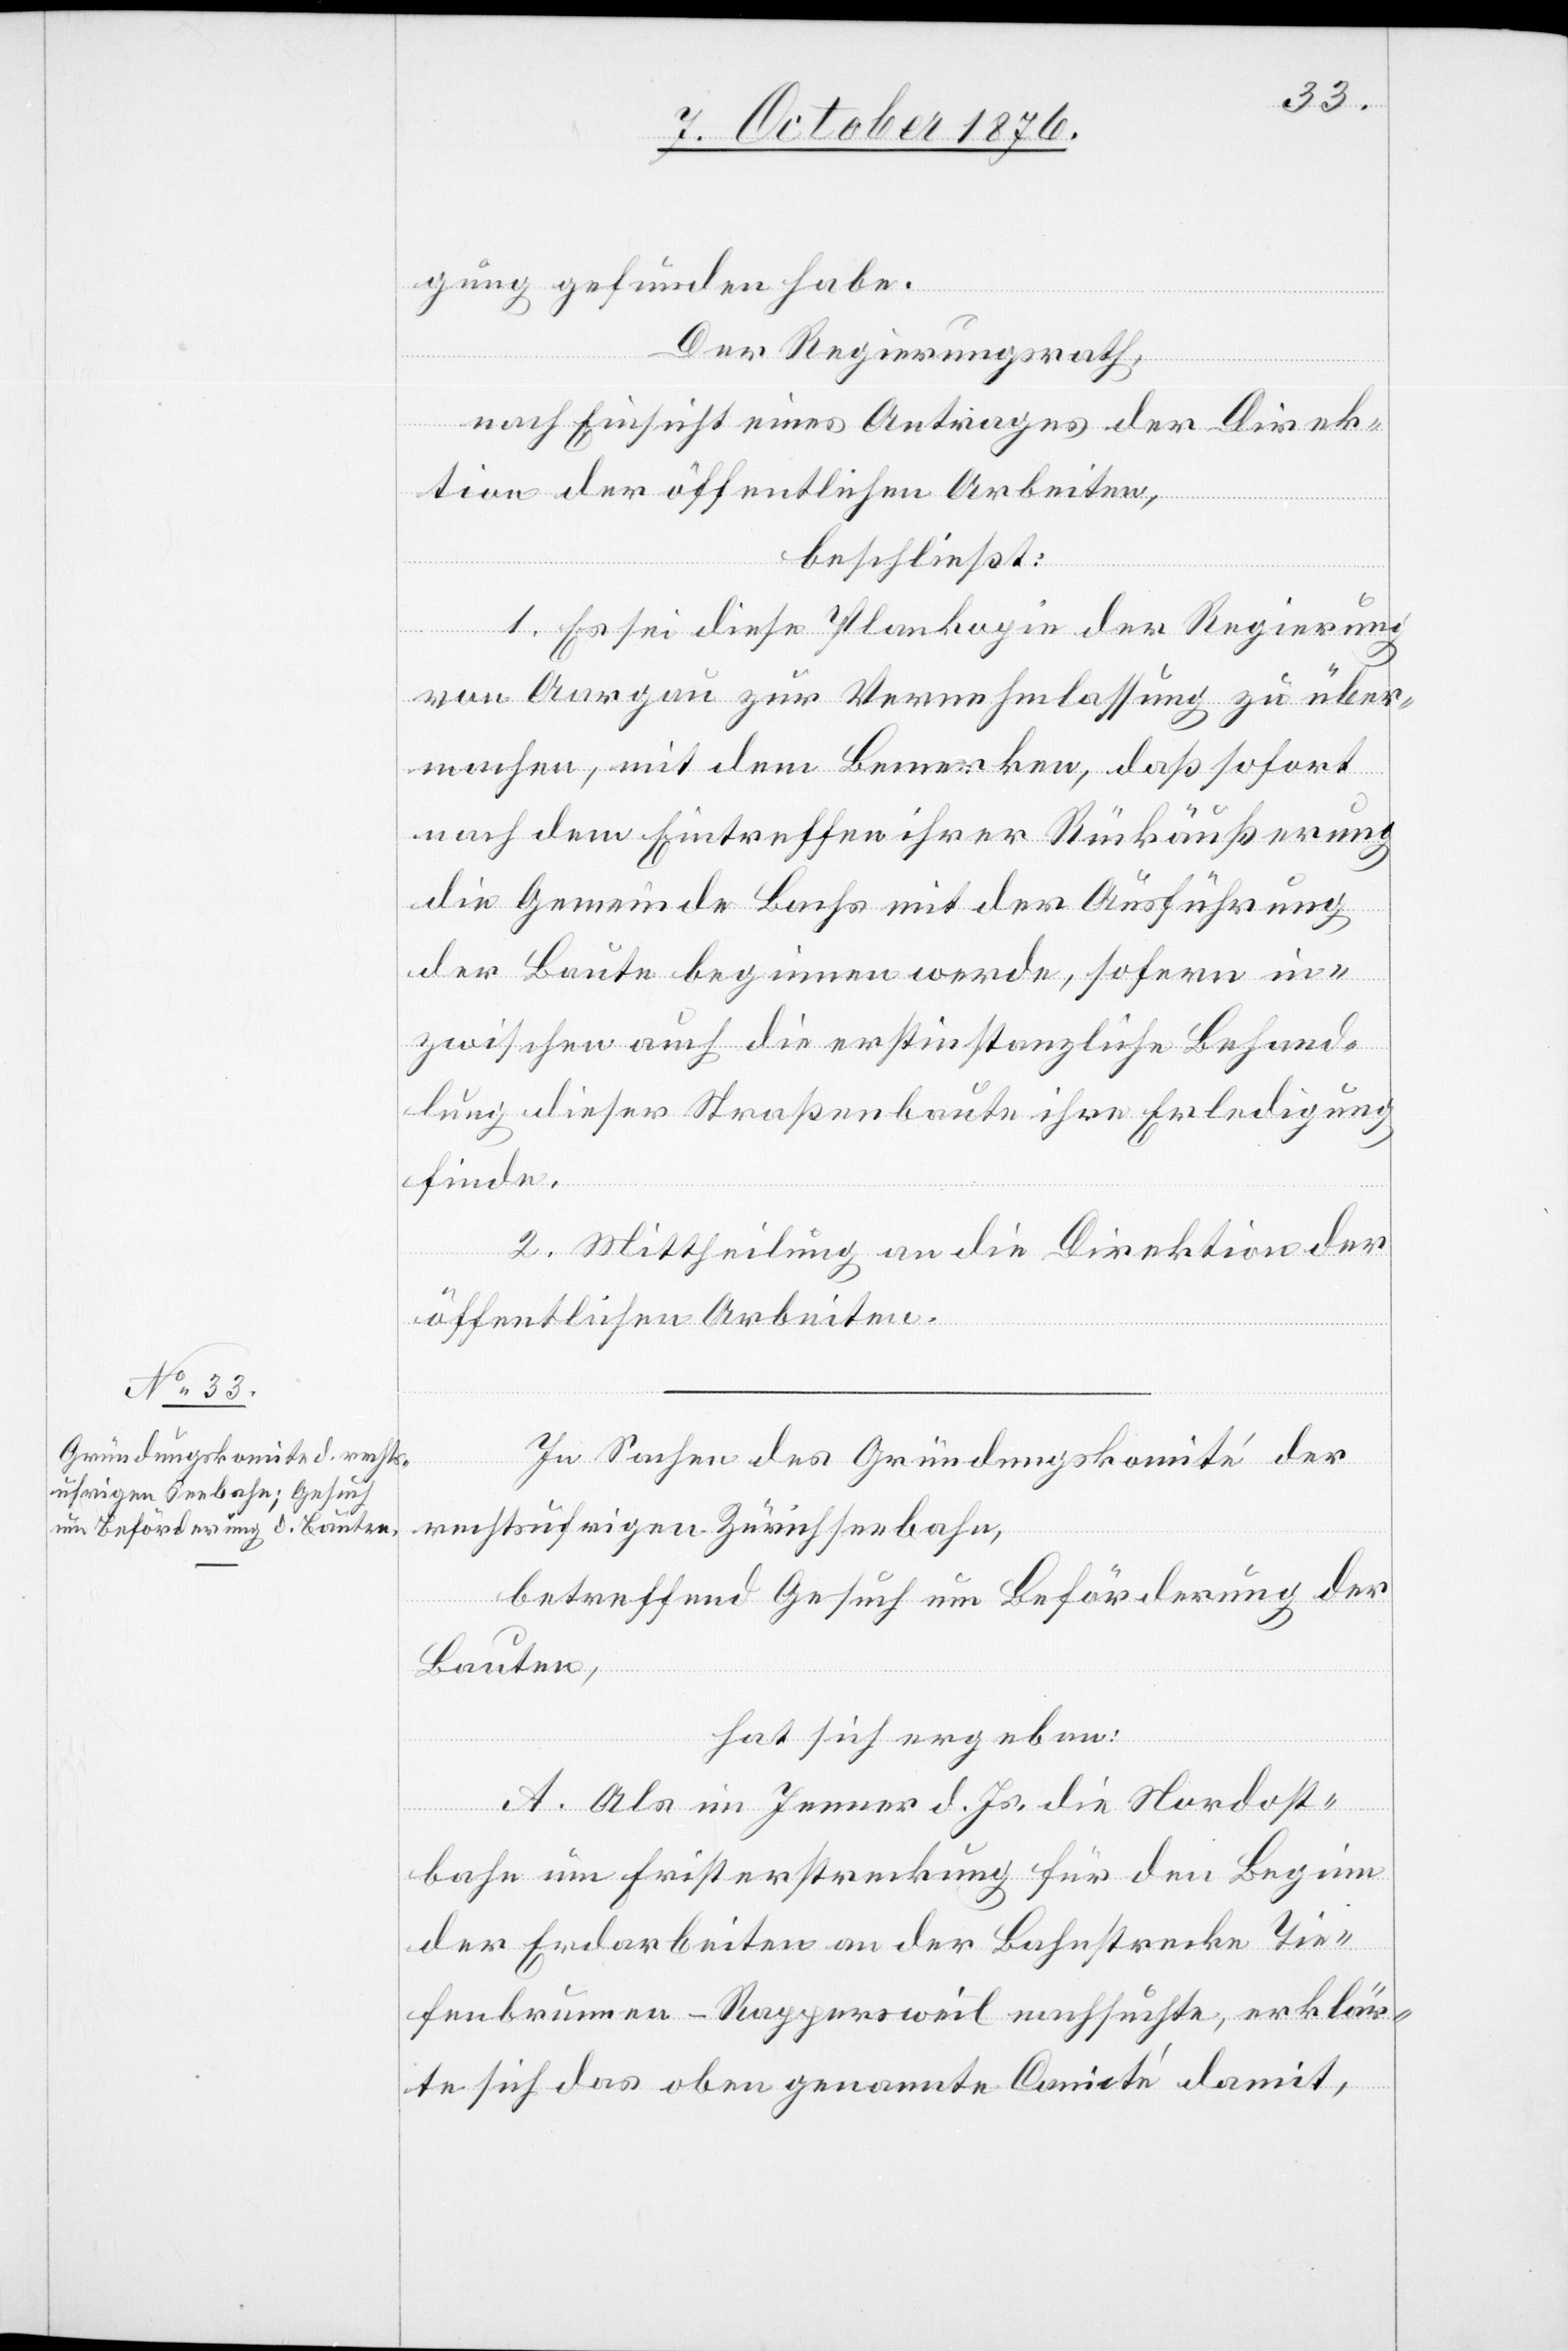
gung gefunden habe.
Der Regierungsrath,
nach Einsicht eines Antrages der Direk¬
tion der öffentlichen Arbeiten,
beschließt:
1. Es sei diese Plankopie der Regierung
von Aargau zur Vernehmlassung zu über¬
machen, mit dem Bemerken, daß sofort
nach dem Eintreffen ihrer Rückäußerung
die Gemeinde Bachs mit der Ausführung
der Baute beginnen werde, sofern in¬
zwischen auch die erstinstanzliche Behand¬
lung dieser Straßenbaute ihre Erledigung
finde.
2. Mittheilung an die Direktion der
öffentlichen Arbeiten.
In Sachen des Gründungskomité der
rechtsufrigen Zürichseebahn,
betreffend Gesuch um Beförderung der
Bauten,
hat sich ergeben:
A. Als im Jenner d. Js. die Nordost¬
bahn um Fristerstreckung für den Beginn
der Erdarbeiten an der Bahnstrecke Tie¬
fenbrunnen–Rappersweil nachsuchte, erklär¬
te sich das oben genannte Comité damit,